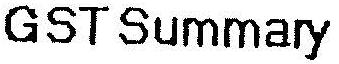
GST SUMMARY